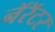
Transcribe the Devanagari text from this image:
नॅरॅटर